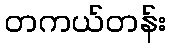
တကယ်တန်း